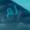
لم